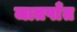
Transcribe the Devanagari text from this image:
जातपाँत